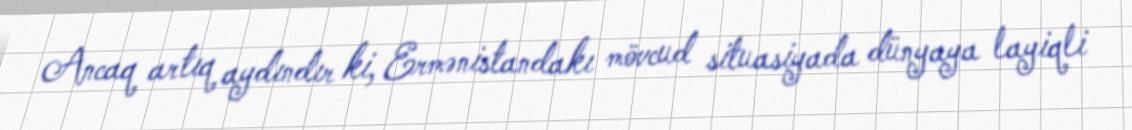
Ancaq artıq aydındır ki, Ermənistandakı mövcud situasiyada dünyaya layiqli